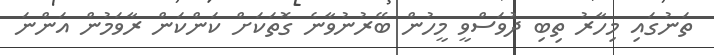
ތަނުގައި މިހާރު ތިބި ދުވަސްވީ މީހުން ބޭރުނުވާނެ ގޮތަކަށް ކަންކަން ރާވަމުން އަންނަ